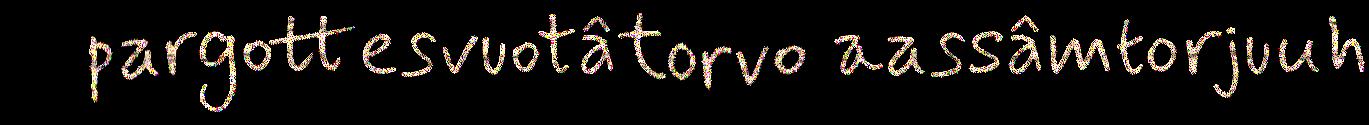
pargottesvuotâtorvo aassâmtorjuuh